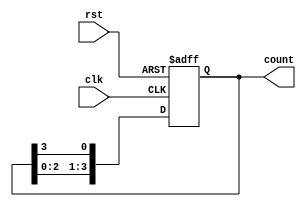
module ring_counter (
    input wire clk,            // Clock input
    input wire rst,            // Asynchronous reset
    output reg [3:0] count     // 4-bit output for the ring counter
);

    // Initial state of the counter
    initial begin
        count = 4'b0001;       // Start with the first state (0001)
    end

    // Always block to handle the counting logic
    always @(posedge clk or posedge rst) begin
        if (rst) begin
            count <= 4'b0001;   // Reset to initial state (0001)
        end else begin
            count <= {count[2:0], count[3]}; // Shift the '1' to the left
        end
    end

endmodule